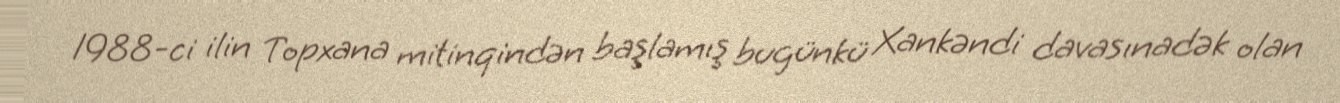
1988-ci ilin Topxana mitinqindən başlamış bugünkü Xankəndi davasınadək olan